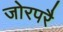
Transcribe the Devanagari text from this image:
जोरपरै